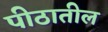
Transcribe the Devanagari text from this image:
पीठातील